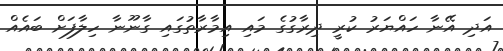
އަދި އޭނާ ހައްޔަރު ކުރީ ދިރާގުގެ މައި އިމާރާތުގައި ގާނޫނާ ހިލާފަށް ބައެއް